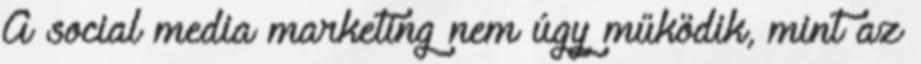
A social media marketing nem úgy működik, mint az